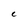
Character: c